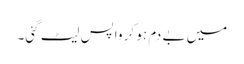
میں بے دم ہو کر واپس لیٹ گئی۔